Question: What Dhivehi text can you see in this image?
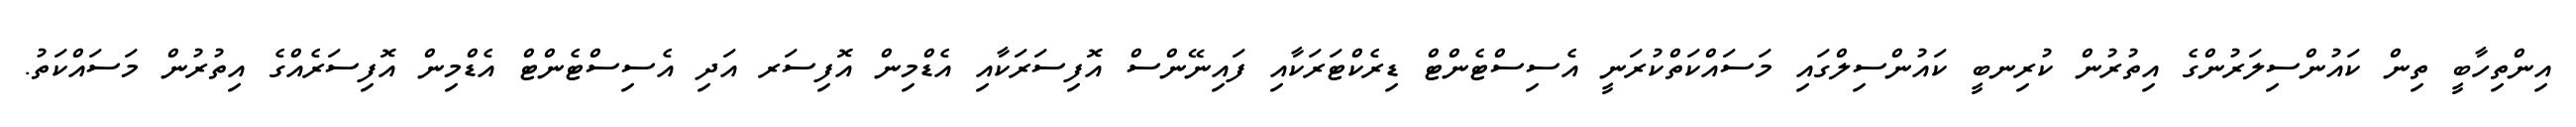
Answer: އިންތިހާބީ ތިން ކައުންސިލަރުންގެ އިތުރުން ކުރިނބީ ކައުންސިލްގައި މަސައްކަތްކުރަނީ އެސިސްޓެންޓް ޑިރެކްޓަރަކާއި ފައިނޭންސް އޮފިސަރަކާއި އެޑްމިން އޮފިސަރ އަދި އެސިސްޓެންޓް އެޑްމިން އޮފިސަރެއްގެ އިތުރުން މަސައްކަތު.